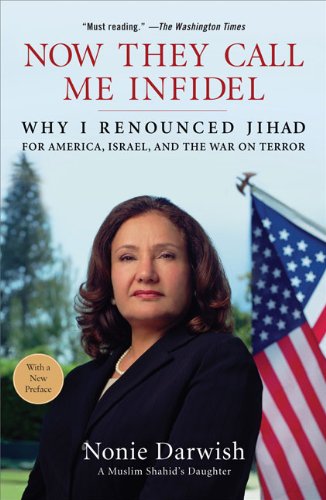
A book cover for Now They Call Me Infidel: Why I Renounced Jihad for America, Israel, and the War on Terror; Nonie Darwish; Biographies & Memoirs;